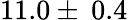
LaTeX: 11.0\pm\: 0.4